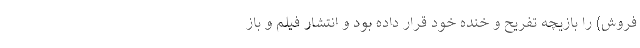
فروش) را بازیچه تفریح و خنده خود قرار داده بود و انتشار فیلم و باز